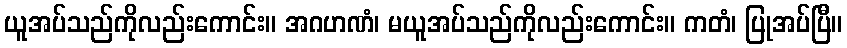
ယူအပ်သည်ကိုလည်းကောင်း။ အဂဟဏံ၊ မယူအပ်သည်ကိုလည်းကောင်း။ ကတံ၊ ပြုအပ်ပြီ။